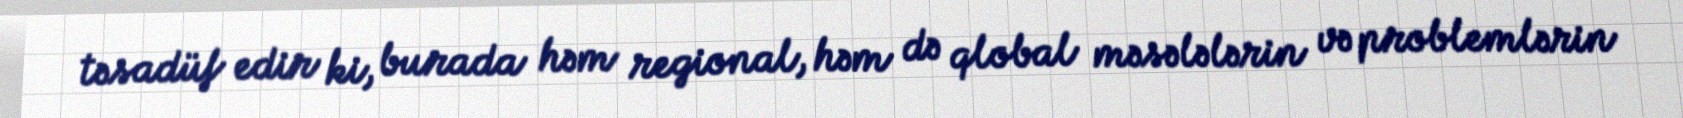
təsadüf edir ki, burada həm regional, həm də qlobal məsələlərin və problemlərin